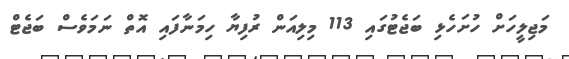
މަޖިލީހަށް ހުށަހެޅި ބަޖެޓުގައި 113 މިލިއަން ރުފިޔާ ހިމަނާފައި އޮތް ނަމަވެސް ބަޖެޓް